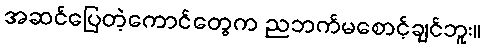
အဆင်ပြေတဲ့ကောင်တွေက ညဘက်မစောင့်ချင်ဘူး။